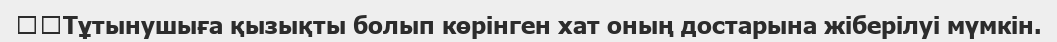
	Тұтынушыға қызықты болып көрінген хат оның достарына жіберілуі мүмкін.